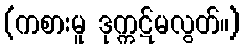
(ကစားမူ ဒုက္ကဋ်မလွတ်။)